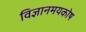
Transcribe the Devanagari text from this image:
विज्ञानमयकोष